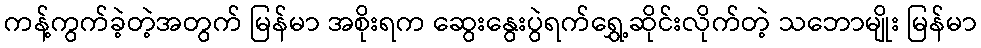
ကန့်ကွက်ခဲ့တဲ့အတွက် မြန်မာ အစိုးရက ဆွေးနွေးပွဲရက်ရွှေ့ဆိုင်းလိုက်တဲ့ သဘောမျိုး မြန်မာ